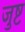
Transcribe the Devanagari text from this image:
जुष्ट